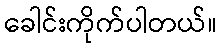
ခေါင်းကိုက်ပါတယ်။